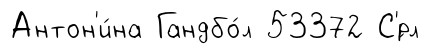
Антон'и́на Гандбо́л 53372 С'́рл